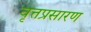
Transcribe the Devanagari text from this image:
वृत्तप्रसारण